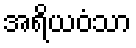
အရိယဝံသာ